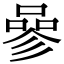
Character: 𠻝